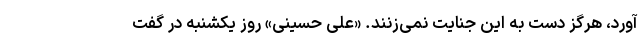
آورد، هرگز دست به این جنایت نمی‌زنند. «علی حسینی» روز یکشنبه در گفت